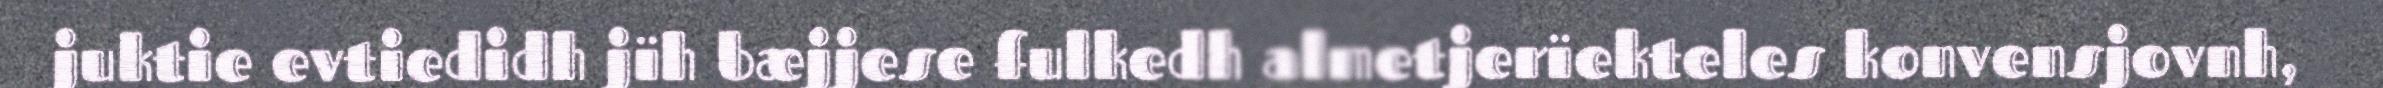
juktie evtiedidh jïh bæjjese fulkedh almetjerïekteles konvensjovnh,